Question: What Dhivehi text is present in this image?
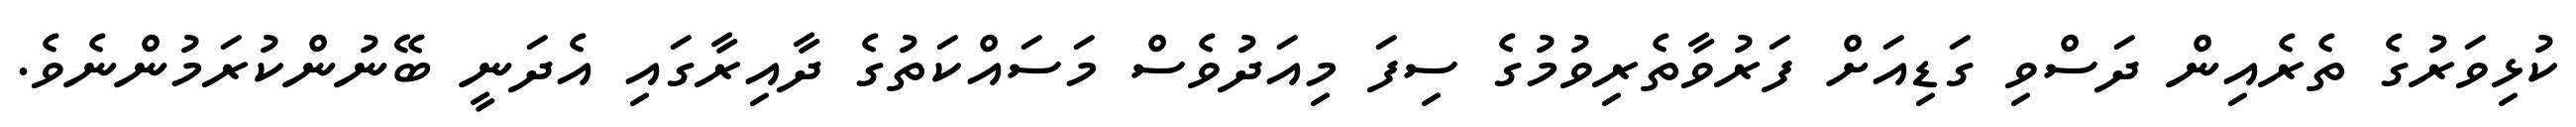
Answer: ކުޅިވަރުގެ ތެރެއިން ދަސްވި ގަޑިއަށް ފަރުވާތެރިވުމުގެ ސިފަ މިއަދުވެސް މަސައްކަތުގެ ދާއިރާގައި އެދަނީ ބޭނުންކުރަމުންނެވެ.